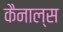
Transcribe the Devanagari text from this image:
कैनाल्स